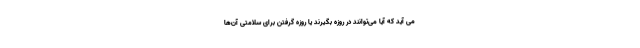
می آید که آیا می‌توانند در روزه بگیرند یا روزه گرفتن برای سلامتی آن‌ها